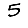
Digit: 5